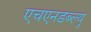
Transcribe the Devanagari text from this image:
एचएनडब्ल्यू